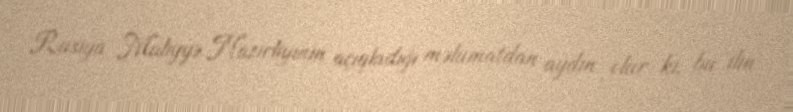
Rusiya Maliyyə Nazirliyinin açıqladığı məlumatdan aydın olur ki, bu ilin